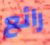
رائع